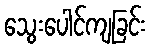
သွေးပေါင်ကျခြင်း